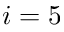
i = 5